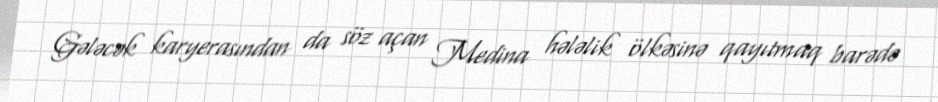
Gələcək karyerasından da söz açan Medina hələlik ölkəsinə qayıtmaq barədə